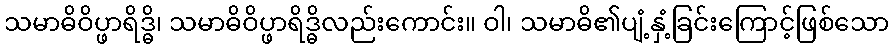
သမာဓိဝိပ္ဖာရိဒ္ဓိ၊ သမာဓိဝိပ္ဖာရိဒ္ဓိလည်းကောင်း။ ဝါ၊ သမာဓိ၏ပျံ့နှံ့ခြင်းကြောင့်ဖြစ်သော